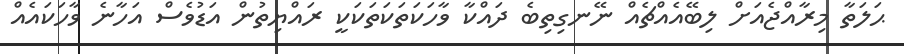
ޙަލަތާ މިރާއްޖެއަށް ލިބޭއެއްޗެއް ނޭނގިތިބެ ދައްކާ ވާހަކަތަކަތަކަކީ ރައްޔިތުން އަޑުވެސް އަހާނެ ވާހަކައެއް